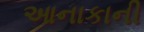
આનાકાની